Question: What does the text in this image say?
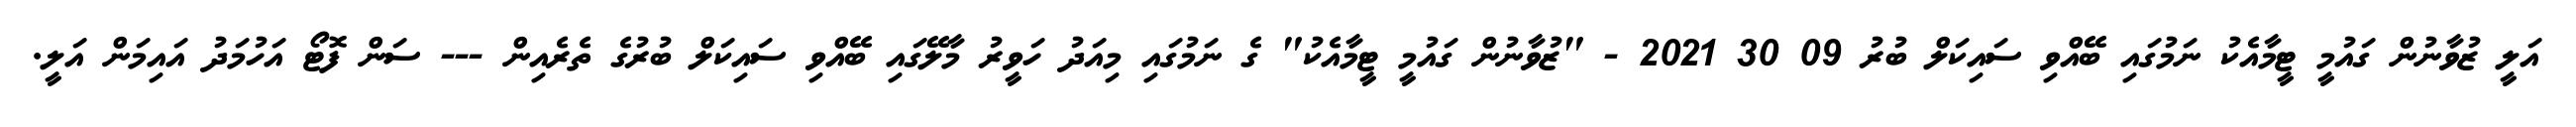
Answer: އަލީ ޒުވާނުން ގައުމީ ޓީމާއެކު ނަމުގައި ބޭއްވި ސައިކަލް ބުރު 09 30 2021 - "ޒުވާނުން ގައުމީ ޓީމާއެކު" ގެ ނަމުގައި މިއަދު ހަވީރު މާލޭގައި ބޭއްވި ސައިކަލް ބުރުގެ ތެރެއިން --- ސަން ފޮޓޯ އަހުމަދު އައިމަން އަލީ.